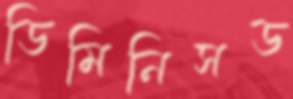
ডিমিনিসড